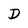
Character: D